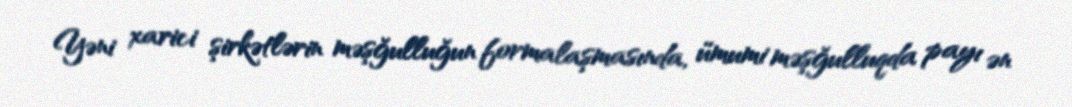
Yəni xarici şirkətlərin məşğulluğun formalaşmasında, ümumi məşğulluqda payı ən